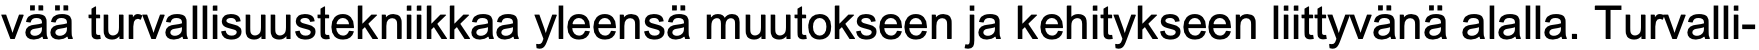
vää turvallisuustekniikkaa yleensä muutokseen ja kehitykseen liittyvänä alalla. Turvalli-